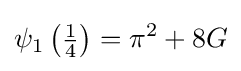
\psi _{1}\left({\tfrac {1}{4}}\right)=\pi ^{2}+8G